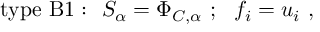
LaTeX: \mathrm { t y p e ~ B 1 : } ~ ~ S _ { \alpha } = \Phi _ { C , \alpha } ~ ; ~ ~ f _ { i } = u _ { i } ~ ,